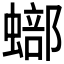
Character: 𧐾